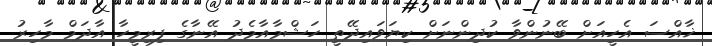
ޚާއްސަ އެހީއަށް ބޭނުންވާ ކުދިންނަށް ކިޔަވައިދޭތީ ހަޝްމާއާމެދު އޭނާގެ ފިރިމީހާ އާދަމް މާހިރު